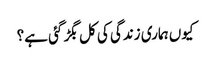
کیوں ہماری زندگی کی کل بگڑ گئی ہے؟